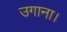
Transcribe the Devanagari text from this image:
उगाना।